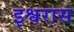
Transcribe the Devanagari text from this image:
इश्वरास